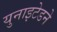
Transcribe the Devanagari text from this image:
युनाइटेडने